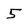
Character: 5